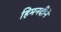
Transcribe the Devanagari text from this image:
हिमनदीने